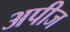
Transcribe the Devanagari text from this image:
अपीज